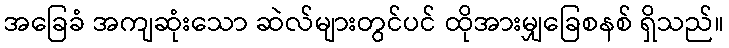
အခြေခံ အကျဆုံးသော ဆဲလ်များတွင်ပင် ထိုအားမျှခြေစနစ် ရှိသည်။